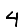
Digit: 4